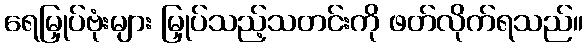
ရေမြှုပ်ဗုံးများ မြှုပ်သည့်သတင်းကို ဖတ်လိုက်ရသည်။